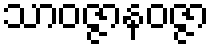
သာဝဇ္ဇာနဝဇ္ဇာ